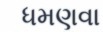
ધમણવા